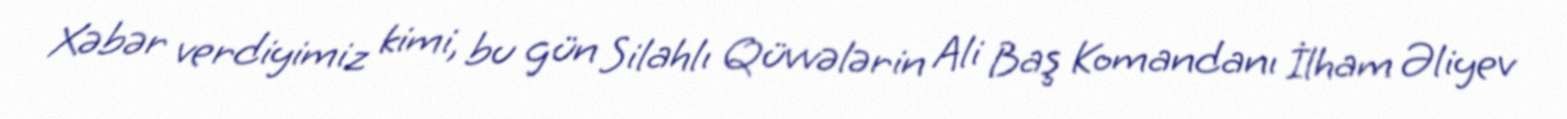
Xəbər verdiyimiz kimi, bu gün Silahlı Qüvvələrin Ali Baş Komandanı İlham Əliyev